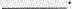
___.